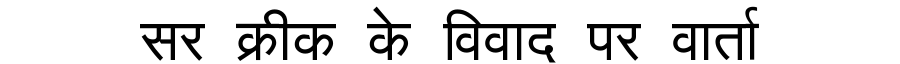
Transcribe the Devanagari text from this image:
सर क्रीक के विवाद पर वार्ता